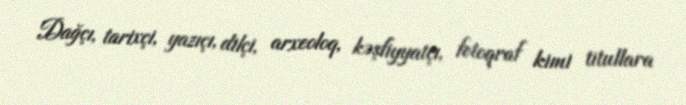
Dağçı, tarixçi, yazıçı, dilçi, arxeoloq, kəşfiyyatçı, fotoqraf kimi titullara